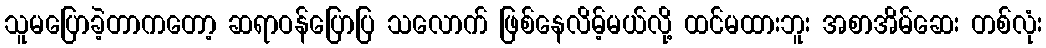
သူမပြောခဲ့တာကတော့ ဆရာဝန်ပြောပြ သလောက် ဖြစ်နေလိမ့်မယ်လို့ ထင်မထားဘူး အစာအိမ်ဆေး တစ်လုံး